Annual report on the health of the army in India
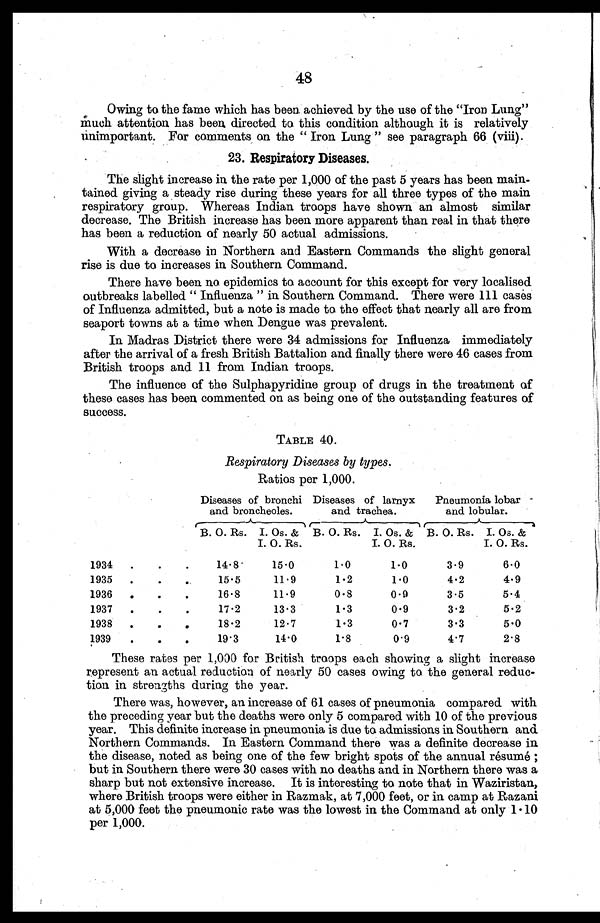
48
Owing to the fame which has been. achieved by the use of the "Iron Lung"
much attention has been directed to this condition although it is relatively
unimportant. For comments on the " Iron Lung " see paragraph 66 (viii).
23. Respiratory Diseases.
The slight increase in the rate per 1,000 of the past 5 years has been main
tained giving a steady rise during these years for all three types of the main
respiratory group. Whereas Indian troops have shown an almost similar
decrease. The British increase has been more apparent than real in that there
has been a reduction of nearly 50 actual admissions.
With a decrease in Northern and Eastern Commands the slight general
rise is due to increases in Southern Command.
There have been no epidemics to account for this except for very localised
outbreaks labelled " Influenza " in Southern Command. There were 111 cases
of Influenza admitted, but a note is made to the effect that nearly all are from
seaport towns at a time when Dengue was prevalent.
In Madras District there were 34 admissions for Influenza immediately
after the arrival of a fresh British Battalion and finally there were 46 cases from
British troops and 11 from Indian troops.
The influence of the Sulphapyridine group of drugs in the treatment of
these cases has been commented on as being one of the outstanding features of
success.
TABLE 40.
Respiratory Diseases by types.
Ratios per 1,000.
Diseases of bronchi
and broncheoles.
Diseases of larnyx
and trachea.
Pneumonia lobar
and lobular.
B. 0. Rs. I. Os. &
I. O. Rs.
B. O. Rs. I. Os. &
I. O. Rs.
B. O. Rs. I. Os. &
I. O. Rs.
1934
.
.
.
14.8
15.0
1.0
1.0
3.9
6.0
1935
.
.
.
15.5
11.9
1.2
1.0
4.2
4.9
1936
.
.
.
16.8
11.9
0.8
0.9
3.5
5.4
1937
.
.
.
17.2
13.3
1.3
0.9
3.2
5.2
1938
.
.
.
18.2
12.7
1.3
0.7
3.3
5.0
1939
.
.
.
19.3
14.0
1.8
0.9
4.7
2.8
These rates per 1,000 for British troops each showing a slight increase
represent an actual reduction of nearly 50 cases owing to the general reduc
tion in strengths during the year.
There was, however, an increase of 61 cases of pneumonia compared with
the preceding year but the deaths were only 5 compared with 10 of the previous
year. This definite increase in pneumonia is due to admissions in Southern and
Northern Commands. In Eastern Command there was a definite decrease in
the disease, noted as being one of the few bright spots of the annual résumé ;
but in Southern there were 30 cases with no deaths and in Northern there was a
sharp but not extensive increase. It is interesting to note that in Waziristan,
where British troops were either in Razmak, at 7,000 feet, or in camp at Razani
at 5,000 feet the pneumonic rate was the lowest in the Command at only 1.10
per 1,000.